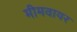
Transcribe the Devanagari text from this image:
मीमवायर